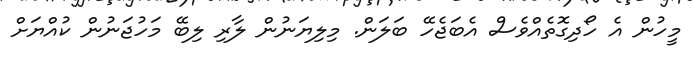
މީހުން އެ ހޯދިގޮތެއްވެސް އެބަޖެހޭ ބަލަން. މިލިޔަނުން ލާރި ލިބޭ މަހުޖަނުން ކުއްޔަށް